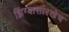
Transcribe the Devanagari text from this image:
झिंग्यासारखेच